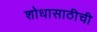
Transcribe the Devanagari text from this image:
शोधासाठीची